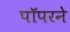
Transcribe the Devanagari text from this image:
पॉपरने